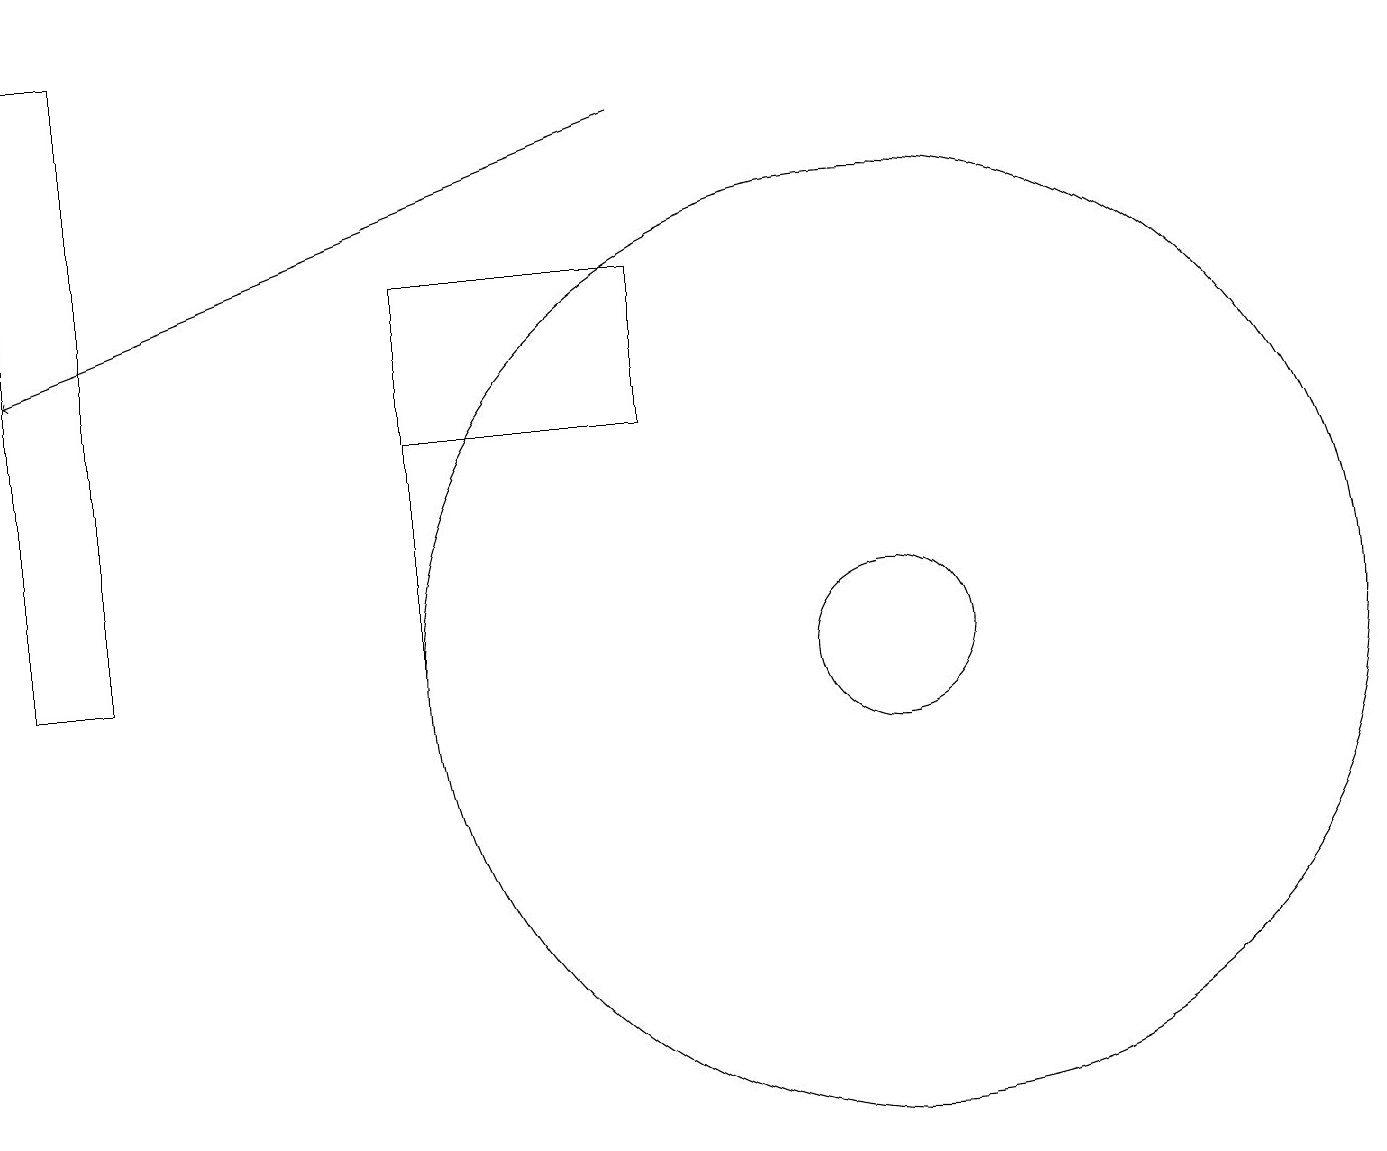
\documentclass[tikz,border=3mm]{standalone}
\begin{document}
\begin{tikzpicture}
\draw[->] (9,18) -- (1,15);
\draw (12,11) circle (6);
\draw (6,11) rectangle (6,15);
\draw (2,11) rectangle (1,19);
\draw (6,16) rectangle (9,14);
\draw (12,11) circle (1);
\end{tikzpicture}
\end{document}